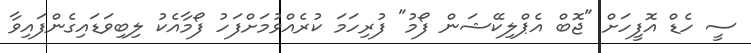
ސީ ހެޑް އޮފީހަށް "ޖޮބް އެޕްލިކޭޝަން ފޯމު" ފުރިހަމަ ކުރެއްވުމަށްފަހު ފޯމާއެކު ލިބިވަޑައިގެންފައިވާ